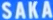
SAKA